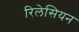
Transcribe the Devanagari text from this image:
रिलेसियन